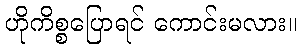
ဟိုကိစ္စပြောရင် ကောင်းမလား။